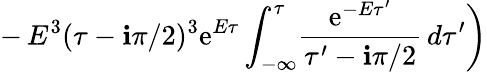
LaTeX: -\left.E^{3}(\tau-\mathbf{i}\pi/2)^{3}\mathrm{{e}}^{E\tau}\int_{-\infty}^{\tau}\! \frac{{\mathrm{{e}}^{-E\tau^{\prime}}}}{{\tau^{\prime}-\mathbf{i}\pi/2}}\, d\tau^{\prime}\right)